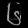
Digit: ၆